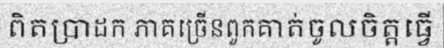
ពិតប្រាដក ភាគច្រើនពួកគាត់ចូលចិត្តធ្វើ